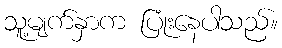
သူ့မျက်နှာက ပြုံးနေပါသည်။